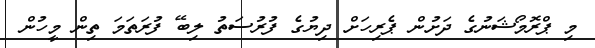
މި ޕްރޮމޯޝަނުގެ ދަށުން ޕެރިހަށް ދިޔުގެ ފުރުސަތު ލިބޭ ފުރަތަމަ ތިން މީހުން